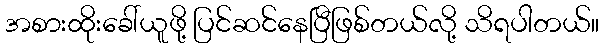
အစားထိုးခေါ်ယူဖို့ ပြင်ဆင်နေပြီဖြစ်တယ်လို့ သိရပါတယ်။